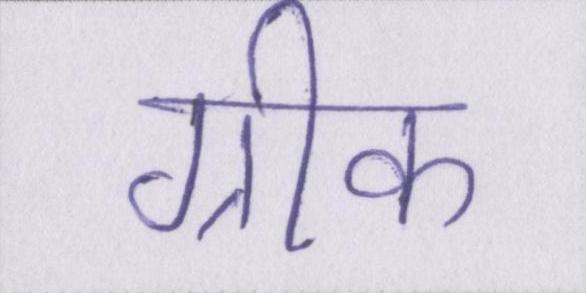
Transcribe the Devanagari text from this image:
ग्रीक